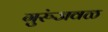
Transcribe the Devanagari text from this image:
गुरुंजवळ